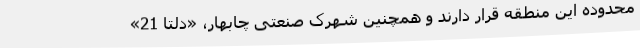
محدوده این منطقه قرار دارند و همچنین شهرک صنعتی چابهار، «دلتا 21»